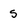
Character: s